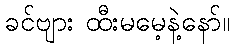
ခင်ဗျား ထီးမမေ့နဲ့နော်။